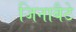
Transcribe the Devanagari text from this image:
जिनाबैटे